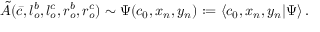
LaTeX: { \tilde { A } } ( \bar { c } , l _ { o } ^ { b } , l _ { o } ^ { c } , r _ { o } ^ { b } , r _ { o } ^ { c } ) \sim \Psi ( c _ { 0 } , x _ { n } , y _ { n } ) : = \langle c _ { 0 } , x _ { n } , y _ { n } | \Psi \rangle \, .